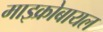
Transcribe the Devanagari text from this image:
माइक्रोबायल